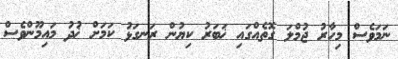
ނަމަވެސް މިހާރު ޖުމްލަ ގޮތެއްގައި ޚަބަރު ކިޔުން ރަނގަޅު ކަމަށް ޚުދު މައިމޫންވެސް